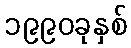
၁၉၉၀ခုနှစ်